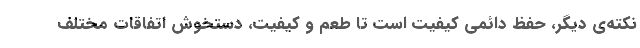
نکته‌ی دیگر، حفظ دائمی کیفیت است تا طعم و کیفیت، دستخوش اتفاقات مختلف